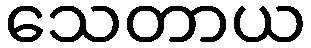
သေတာယ